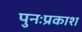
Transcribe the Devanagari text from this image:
पुनःप्रकाश